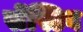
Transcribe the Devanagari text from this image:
सेंस्टिव